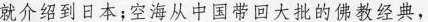
就介绍到日本；空海从中国带回大批的佛教经典，